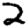
Digit: 2